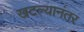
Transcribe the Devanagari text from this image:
खटल्यानंतर